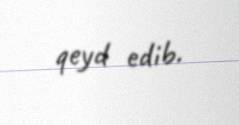
qeyd edib.